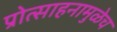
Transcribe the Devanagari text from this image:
प्रोत्साहनामुळेच